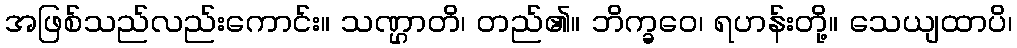
အဖြစ်သည်လည်းကောင်း။ သဏ္ဌာတိ၊ တည်၏။ ဘိက္ခဝေ၊ ရဟန်းတို့။ သေယျထာပိ၊